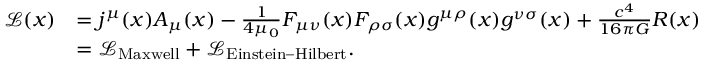
{ \begin{array} { r l } { { \mathcal { L } } ( x ) } & { = j ^ { \mu } ( x ) A _ { \mu } ( x ) - { \frac { 1 } { 4 \mu _ { 0 } } } F _ { \mu \nu } ( x ) F _ { \rho \sigma } ( x ) g ^ { \mu \rho } ( x ) g ^ { \nu \sigma } ( x ) + { \frac { c ^ { 4 } } { 1 6 \pi G } } R ( x ) } \\ & { = { \mathcal { L } } _ { \mathrm { M a x w e l l } } + { \mathcal { L } } _ { \mathrm { E i n s t e i n – H i l b e r t } } . } \end{array} }